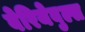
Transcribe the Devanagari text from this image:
वेरियेबुल्स